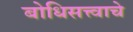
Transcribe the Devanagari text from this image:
बोधिसत्त्वाचे